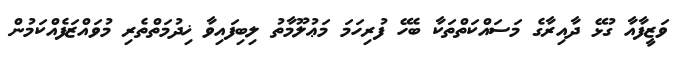
ވަޒީފާއާ ގުޅޭ ދާއިރާގެ މަސައްކަތްތަކާ ބެހޭ ފުރިހަމަ މަޢުލޫމާތު ލިބިފައިވާ ޚިދުމަތްތެރި މުވައްޒަފެއްކަމުން